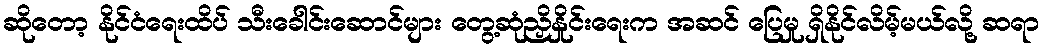
ဆိုတော့ နိုင်ငံရေးထိပ် သီးခေါင်းဆောင်များ တွေ့ဆုံညှိနှိုင်းရေးက အဆင် ပြေမှု ရှိနိုင်လိမ့်မယ်လို့ ဆရာ